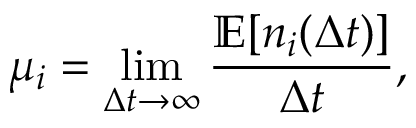
\mu _ { i } = \operatorname* { l i m } _ { \Delta t \to \infty } \frac { \mathbb { E } [ n _ { i } ( \Delta t ) ] } { \Delta t } ,